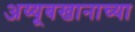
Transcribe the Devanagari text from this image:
अय्यूबखानाच्या